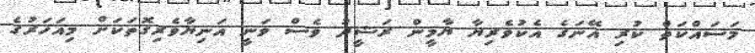
މަސައްކަތް ކުރި އޭނަގެ އެކުވެރިޔާ ޔާމީން ރަޝީދު ވެސް ވަނީ އަނިޔާވެރިގޮތަކަށް މިއަހަރުގެ